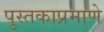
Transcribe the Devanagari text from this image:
पुस्तकाप्रमाणे